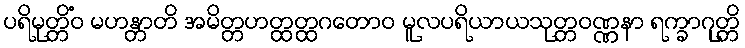
ပရိမုတ္တိံဝ မဟန္တာတိ အမိတ္တဟတ္ထတ္ထဂတောဝ မူလပရိယာယသုတ္တဝဏ္ဏနာ ရက္ခာဂုတ္တိ